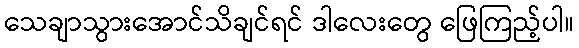
သေချာသွားအောင်သိချင်ရင် ဒါလေးတွေ ဖြေကြည့်ပါ။